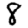
Digit: 8